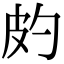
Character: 𤿉